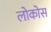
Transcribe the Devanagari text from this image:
लोकोस